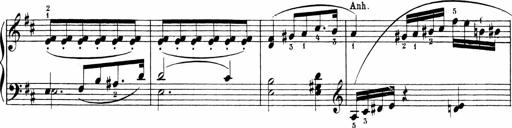
Title: Sonatinen Op.47, 98 und 136, nebst 6 Liedersonatinen
Composer: Carl Reinecke